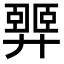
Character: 𢍴